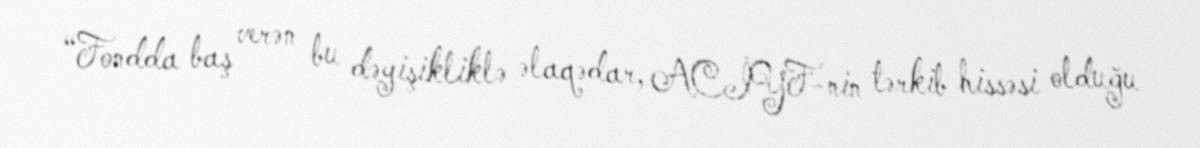
“Fondda baş verən bu dəyişikliklə əlaqədar, ACİYF-nin tərkib hissəsi olduğu